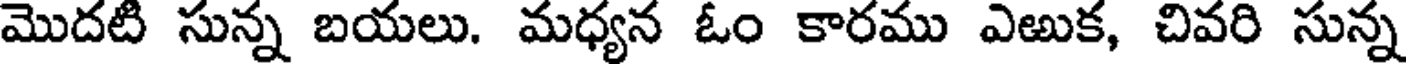
మొదటి సున్న బయలు. మధ్యన ఓం కారము ఎఱుక, చివరి సున్న